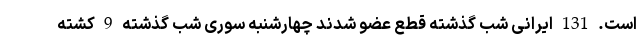
است. 131 ایرانی شب گذشته قطع عضو شدند چهارشنبه سوری شب گذشته 9 کشته